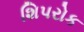
શિપરોક